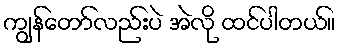
ကျွန်တော်လည်းပဲ အဲလို ထင်ပါတယ်။